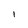
Character: I